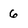
Character: 6